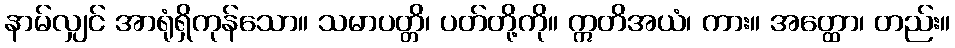
နာမ်လျှင် အာရုံရှိကုန်သော။ သမာပတ္တိ၊ ပတ်တို့ကို။ ဣတိအယံ၊ ကား။ အတ္ထော၊ တည်း။